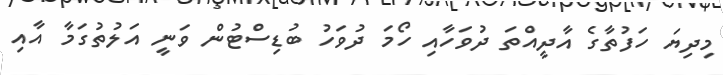
މިދިޔަ ހަފުތާގެ އާދީއްތަ ދުވަހާއި ހޯމަ ދުވަހު ބުޑިސްޓުން ވަނީ އަލުތުގަމާ އާއި